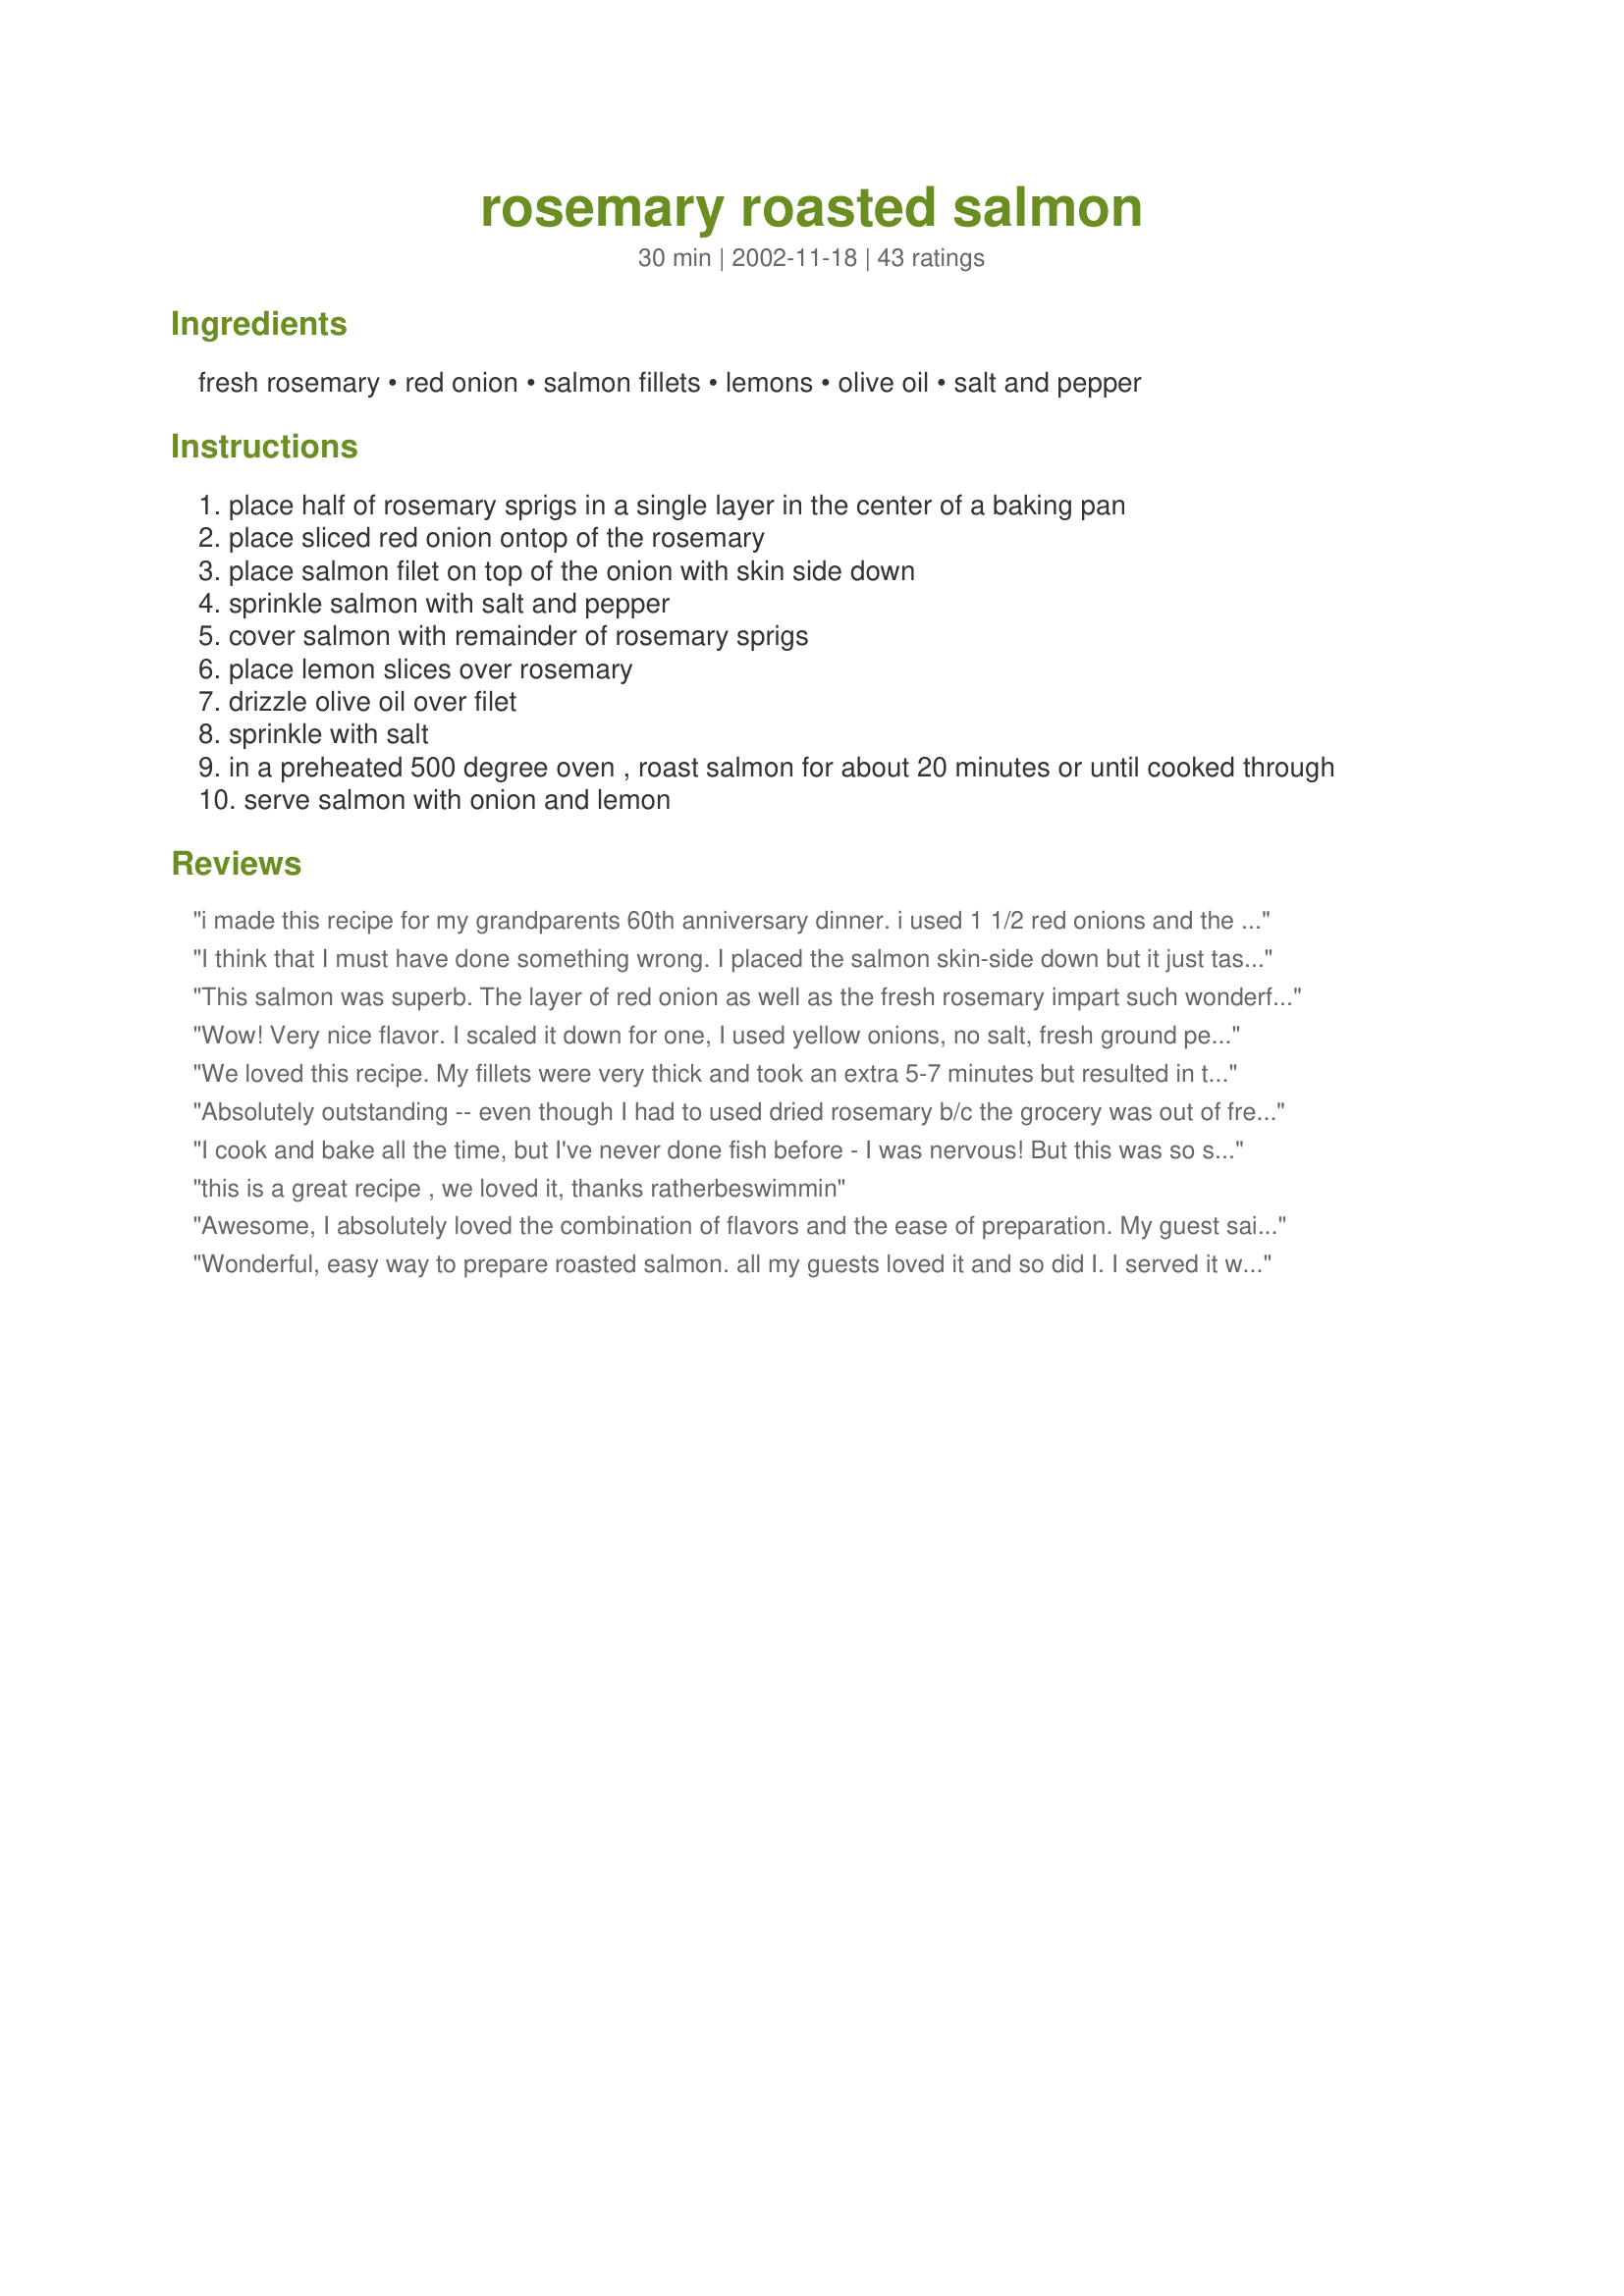
rosemary roasted salmon
Preparation time: 30 minutes

Ingredients:
fresh rosemary, red onion, salmon fillets, lemons, olive oil, salt and pepper

Steps:
place half of rosemary sprigs in a single layer in the center of a baking pan
place sliced red onion ontop of the rosemary
place salmon filet on top of the onion with skin side down
sprinkle salmon with salt and pepper
cover salmon with remainder of rosemary sprigs
place lemon slices over rosemary
drizzle olive oil over filet
sprinkle with salt
in a preheated 500 degree oven , roast salmon for about 20 minutes or until cooked through
serve salmon with onion and lemon

Reviews:
i made this recipe for my grandparents 60th anniversary dinner. i used 1 1/2 red onions and the garlic salt instead of regular salt (as reccomended in other reviews). it was amazing. everyone said it was the best salmon they had ever tasted. thanks for sharing such a great recipe! i'm sure we will be using it again.
I think that I must have done something wrong. I placed the salmon skin-side down but it just tasted like salmon and didn't seem to absorb any of the rosemary nor onion. It was pretty but also plain the way i made it
This salmon was superb. The layer of red onion as well as the fresh rosemary impart such wonderful flavor to the salmon, and the roasting at high heat sears the salmon but leaves it moist as well. Thank you NurseDi for sharing the recipe.
Wow! Very nice flavor. I scaled it down for one, I used yellow onions, no salt, fresh ground pepper and...I forgot the olive oil! I was so eager to get it in the oven I totally forgot. I didn't realize it until I pulled it out of the oven. It was no problem though...it still tasted great and it was moist. And, this was my first time cooking salmon. I will definitely do this again!
We loved this recipe. My fillets were very thick and took an extra 5-7 minutes but resulted in the moistest most flavorful salmon I have ever had. I do wish I would have lined my baking sheet with foil though- 500 degrees really baked the onions and rosemary down to pulp and the skin is still soaking off of my pan- LOL. I made a batch of sauce from Recipe #46739 and it was superb with the salmon. Thanks for sharing this recipe, I will make it often.
Absolutely outstanding -- even though I had to used dried rosemary b/c the grocery was out of fresh and I was REALLY craving salmon. Followed this to the T, didn't even adjust cooking time, and it was AWESOME. Thanks!
I cook and bake all the time, but I've never done fish before - I was nervous! But this was so simple and best of all mouth-watering! I didn't have any fresh rosemary, so I used some dried rosemary and fresh dill. Great with cucumber yogurt sauce on top.
this is a great recipe , we loved it, thanks ratherbeswimmin
Awesome, I absolutely loved the combination of flavors and the ease of preparation. My guest said that it was the best salmon she had ever eaten, and i think she was right! Will make again. :)
Wonderful, easy way to prepare roasted salmon. all my guests loved it and so did I. I served it with a tomato tarte and spinach gratin for a lovely dairy dinner. Thanks for posting.
This was fabulous! It was so simple to prepare and tasted so much more sophisticated than you would guess based on the preparation method and ingredients. My husband said it was every bit as good as anything he's ever had in a restaurant and my 5-year-old foodie-in-training daughter corrected him and said that it was BETTER than anything from a restaurant.
Fabulous flavoring and the process to make was a breeze! Thank-you for a quality gourmet dinner!
this had a lovely delicate flavor by itself, but the onion layer made this extra special. fortunately i read the reviews which encouraged adding extra onion. i did have to roast it for longer than 20min, but it could have been that my fillets were thicker. wonderful dish - thanks for posting.
I also didn't have any red onions on hand, so I used Texas sweets instead. Also our pacific sockeye is a very oily fish I decided to try with just a tiny bit of oil brushed lightly on top. My filet took about 25 minutes and was done to perfection, all my company raved about how wonderful the salmon was! Thanks for a nice easy recipe, we'll be having this again & again. July 3, just wanted to add that I made this again, this time, I substituted a Tablespoon of butter for the olive oil, and it added a bit of richness, other than that, the recipe is fabulous as is. I used Coho salmon this time. Thanks for a great recipe!
This was a great and easy recipe. I didn't have any red onions, so I used brown. Next time it will be red ones. But it tasted great and was a quick and easy recipe.
Though my onions didn't carmalize, I still loved this recipe! I also used garlic salt for just a hint of garlic flavour. Moist and delicious, what a simple yet elegant way to both prepare and present salmon!! A keeper - will definitely be making again. Thanks NurseDi!
Delicious and easy to make! I think this is the best salmon I've ever tasted!
What an easy way to prepare a gourmet meal with salmon. I used a couple of sprigs of rosemary fresh off the plant on the underside and then a few leaves on top. I was afraid that the rosemary would overpower the fish, but it was a perfect blend of flavors. Thank you for sharing the recipe.
Not particularly flavorful, although the presentation is nice.
This earns a spot in my "tried and true" cookbook. We have an oven roasted salmon recipe that we always rely on, but I love the flavor of rosemary in this one, and how moist the salmon turned out! Thank you.
We really liked this. It is so easy, and is such a beautiful presentation, and the flavors are delicious, yet subtle. Cooking the fish at 500 degrees kept it very moist. I cooked 3 thick 6 oz. portions for about 12-15 minutes, and they were perfect. Thanks so much for posting, I will make this again.
We have salmon at least 2 times a month, and this is one of the better recipes I have found. Very easy and quite tasty (although I agree with a previous review-MORE red onion. I carmelized nicely under the fish). And the rosemary, fresh from my garden was such a nice flavor. Not something I had thought of with salmon before.
Easy to put together and is very tasty.
Wow! Excellent flavor! I did follow the advice of another post and line my pan with alu foil. Also, living at High Altitude, I changes the temps to 450F. Will definitely keep this on. Thank you for posting and sharing!
Happy to report this salmon was an overwhelming success. I followed your directions to the letter except for the cooking temperature. I have a very "hot" oven and I was afraid of what might happen at 500 degrees. So I cooked the salmon at 400 degrees. I did have to cook a little longer than 20 minutes but that was OK. I may get more brave next time and try it at 500. The meat was moist and tender with the lovely flavor of rosemary. Wheee-heee!!!!!
This was SOOOO Yummy! It has that delicate flavoring and it was really easy to make! I didn't change anything to this recipe. I would suggest to cut off the skin of the fish since it soaks up more of the flavor that way. It just wasn't AS yummy with the skin on. Fabulous recipe! Keep posting them! :)
This really was excellent. Had 2 pounds of wild caught salmon, and this prep method really enhanced the flavor of the fish. It was light, fresh, and gone in a flash. Thanks for posting, we will use this again, and again.
great recipe. i'm not a big salmon fan but this was really good. my husband absolutely loved it. i will be making this again with more onions.
This was delicious. I used the onions I had in the refrigerator instead of the red onion the recipe calls for. It was really good, but I do think next time I will go for the red onion. Really easy to make and makes a great presentation.
This was my first time cooking salmon in the oven and it couldn't have been any easier or more delicious. It sure beats the mess from pan frying. It also gave me a chance to use my giant rosemary bush and lemon tree from the garden. The salmon was so moist and flavorful. This is an excellent dish for company. Only thing I changed was I used garlic salt. I also will use a lot more red onions next time.
This was easy to prepare and tasted great! DH said that it tasted like something you get at a fancy restaurant. He liked it so much...he had three pieces! DS even liked it...he had two! Thanks so much for sharing this with us!
This was good and was a different than our usual salmon recipe. We just prefer our other recipe better.
I loved this, the fresh rosemary was a wonderful change! and it looked absolutely great being served. I did add a little garlic powder as well.
Thanks!
Very refreshing. Thank you!
Delicious salmon recipe, I made this for Christmas dinner (as well as prime rib) this was a great choice because as the beef was 'resting' this was cooking. It was lovely and moist and the lemon/rosemary flavours were wonderful. This was my eldest sons pick for best recipe of the dinner. Thanks for sharing.
The flavor on this was great, but I had to uncover and cook mine quite a bit longer. When I took it out after the 20 minutes were up and started taking off the rosemary and lemon on top the middle of my salmon was still raw. No problem, I just put it back in. It didn't compromise the flavors at all. I added some lemon juice as well when I put it back in. I think it was just because I had one large fillet and it was covered well with the toppings.
This was okay for me. I think it needed more of the rosemary flavor. Next time I will add all the rosemary on top of the fish instead of putting some underneath.
Absolutely wonderful!
This is a great preparation for salmon. Elegant looking dish, with sophisticated flavors. It's easy enough to put together for a weeknight, but tastes as if it's more time-intensive. Lovely, delicious dish!
A neighbour gave me a whole salmon he caught this summer. I filleted it and cooked it with this recipe. I don't care for fish but this was good. The leftovers were terrific in a pasta dish the next night too. Thanks NurseDi.
To die for! Five minutes to assemble. Exactly twenty minutes at 500 degrees and turned out perfect. Beautiful on platter surrounded by onions and garnished with roasted lemon and rosemary.
When my husband came into the kitchen, he said it looked like I was making a "fancy-schmancy" recipe. He ate every last bite of his and so did my 2 1/2 year old! Awesome recipe!
An excellent recipe. Easy to prepare. Wild salmon is in season and there was fresh rosemary in the garden.
